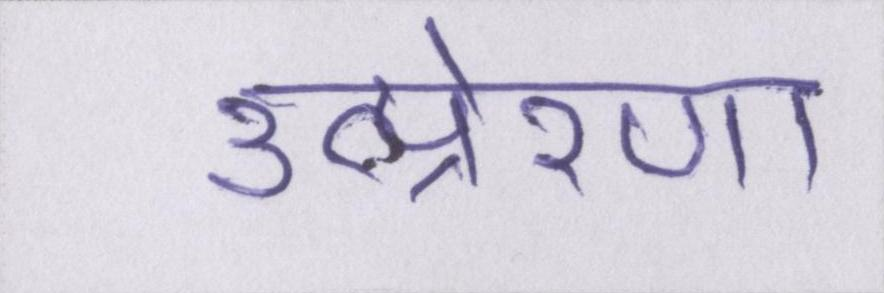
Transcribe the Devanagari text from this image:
उत्प्रेरणा